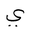
Letter: _ya